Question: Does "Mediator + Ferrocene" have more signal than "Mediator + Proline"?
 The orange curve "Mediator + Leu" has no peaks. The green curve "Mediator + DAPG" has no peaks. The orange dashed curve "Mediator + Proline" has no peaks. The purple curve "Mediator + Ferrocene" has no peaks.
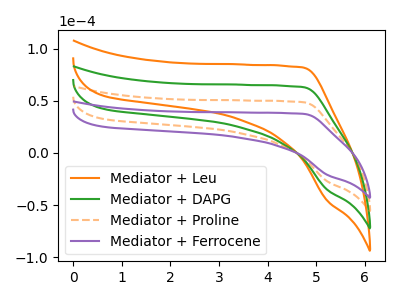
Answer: <think>Neither "Mediator + Ferrocene" or "Mediator + Proline" have any peaks.
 </think>
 <answer>I cant tell if "Mediator + Ferrocene" or "Mediator + Proline" has more signal.</answer>
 <eval>mixed_signal</eval>